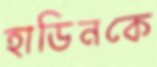
হাডিনকে